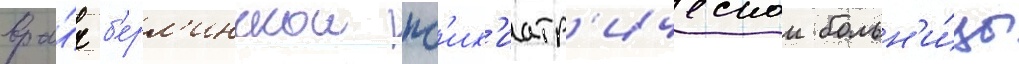
вра́ч б'ерл'инскои пс'их'иатр'ическои больн'и́цы